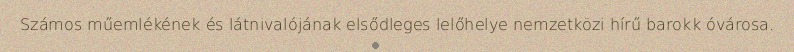
Számos műemlékének és látnivalójának elsődleges lelőhelye nemzetközi hírű barokk óvárosa.